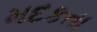
મદકતા